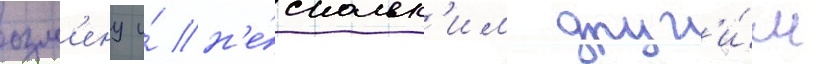
озм'ену и́ н'е́скольк'им друг'и́м